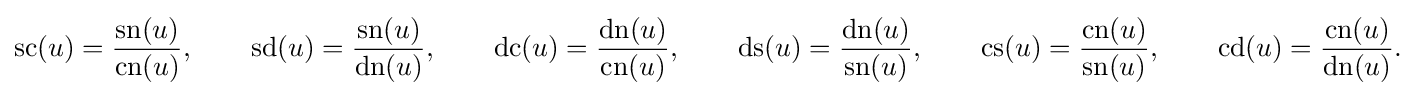
{\begin{aligned}\operatorname {sc} (u)={\frac {\operatorname {sn} (u)}{\operatorname {cn} (u)}},\qquad \operatorname {sd} (u)={\frac {\operatorname {sn} (u)}{\operatorname {dn} (u)}},\qquad \operatorname {dc} (u)={\frac {\operatorname {dn} (u)}{\operatorname {cn} (u)}},\qquad \operatorname {ds} (u)={\frac {\operatorname {dn} (u)}{\operatorname {sn} (u)}},\qquad \operatorname {cs} (u)={\frac {\operatorname {cn} (u)}{\operatorname {sn} (u)}},\qquad \operatorname {cd} (u)={\frac {\operatorname {cn} (u)}{\operatorname {dn} (u)}}.\end{aligned}}